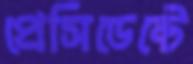
প্রেসিডেন্টে